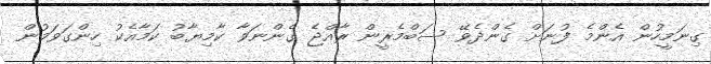
ގިނަމީހުން އެންމެ ފުނަށް ގެންދެވޭ ސަބްމެރީން ރާއްޖެެ ގެންނަވާ ކާމިޔާބު ކަމާއެކު ހިންގަވަމުން